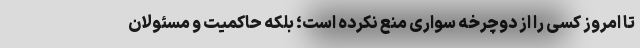
تا امروز کسی را از دوچرخه سواری منع نکرده است؛ بلکه حاکمیت و مسئولان